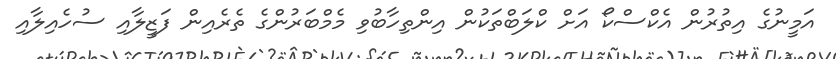
އަމީނުގެ އިތުރުން އެކްސްކޯ އަށް ކްލަބްތަކުން އިންތިހާބުވި މެމްބަރުންގެ ތެރެއިން ފަޒީލާއި ސުހެއިލާއި